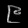
Digit: ၉